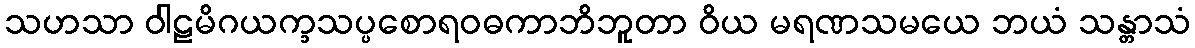
သဟသာ ဝါဠမိဂယက္ခသပ္ပစောရဝဓကာဘိဘူတာ ဝိယ မရဏသမယေ ဘယံ သန္တာသံ